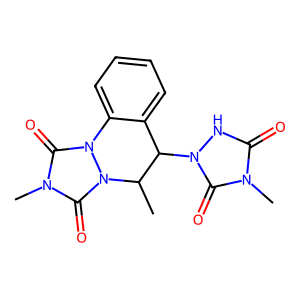
SMILES: CC1C(n2[nH]c(=O)n(C)c2=O)c2ccccc2-n2c(=O)n(C)c(=O)n21
Inhibits HIV replication: No